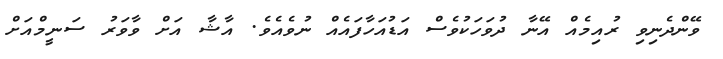
ވޭންދެނިވި ރުއިމެއް އޭނާ ދުވަހަކުވެސް އަޑުއަހާފައެއް ނުވެއެވެ. އާޝާ އަށް ވާވަރު ސަނީމްއަށް